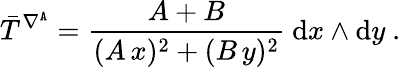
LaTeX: \bar{T}^{\nabla^{\mathtt{A}}}=\frac{A+B}{(A\, x)^{2}+(B\, y)^{2}}\ \mathrm{d}x\wedge\mathrm{d}y\ .